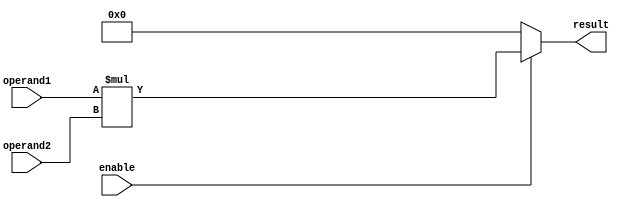
module multiplier(
    input wire enable,
    input wire [7:0] operand1,
    input wire [7:0] operand2,
    output wire [15:0] result
);

reg [15:0] temp_result;

always @(*) begin
    if(enable) begin
        temp_result = operand1 * operand2;
    end
    else begin
        temp_result = 16'h0000;
    end
end

assign result = temp_result;

endmodule